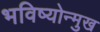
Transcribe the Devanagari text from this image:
भविष्योन्मुख